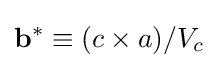
{\bf {b}}^{*}\equiv (c\times a)/V_{c}